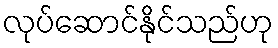
လုပ်ဆောင်နိုင်သည်ဟု